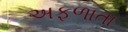
અફળાતા